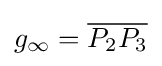
g_{\infty }={\overline {P_{2}P_{3}}}